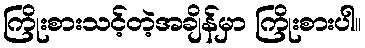
ကြိုးစားသင့်တဲ့အချိန်မှာ ကြိုးစားပါ။